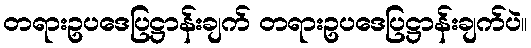
တရားဥပဒေပြဋ္ဌာန်းချက် တရားဥပဒေပြဋ္ဌာန်းချက်ပဲ။